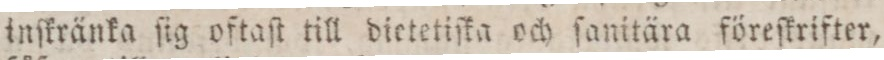
inſkränka ſig oftaſt till dietetiſka och ſanitära föreſkrifter,